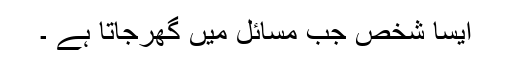
ایسا شخص جب مسائل میں گھرجاتا ہے ۔